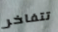
تتفاخر